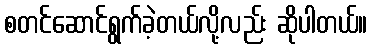
စတင်ဆောင်ရွက်ခဲ့တယ်လို့လည်း ဆိုပါတယ်။